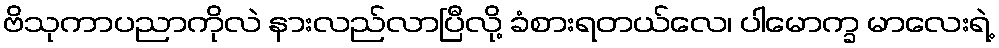
ဗိသုကာပညာကိုလဲ နားလည်လာပြီလို့ ခံစားရတယ်လေ၊ ပါမောက္ခ မာလေးရဲ့